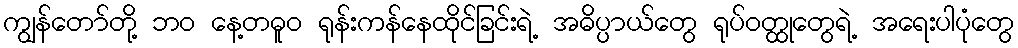
ကျွန်တော်တို့ ဘဝ နေ့တဓူဝ ရုန်းကန်နေထိုင်ခြင်းရဲ့ အဓိပ္ပာယ်တွေ ရုပ်ဝတ္ထုတွေရဲ့ အရေးပါပုံတွေ